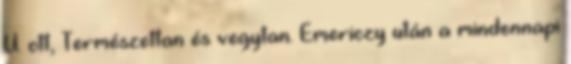
U. ott, Természettan és vegytan. Emericzy után a mindennapi